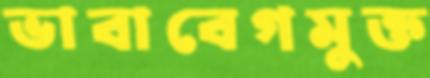
ভাবাবেগমুক্ত